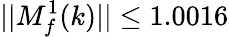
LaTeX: \lvert|M_{f}^{1}(k)\rvert|\leq 1.0016